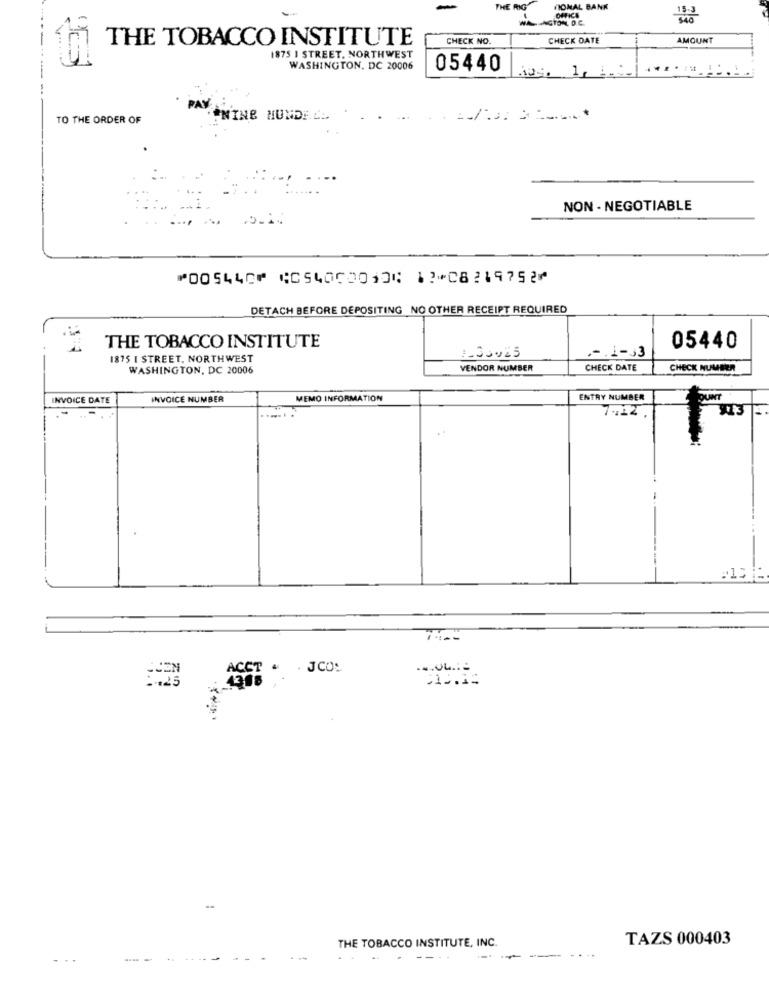
-
THE RIG
TIONAL BANK
15-3
WAAGTON, D.C.
OFFICE
540
THE TOBACCO INSTITUTE
CHECK NO.
CHECK DATE
AMOUNT
1875 I STREET, NORTHWEST
WASHINGTON, DC 20006
05440
TO THE ORDER OF
AYININE HUNDE.C. .. .
NON - NEGOTIABLE
⑈005440⑈ ⑆054000010⑆ 12⑉08219752⑈
DETACH BEFORE DEPOSITING NO OTHER RECEIPT REQUIRED
THE TOBACCO INSTITUTE
.-. 1-33
05440
1875 I STREET, NORTHWEST
:30025
WASHINGTON, DC 20006
VENDOR NUMBER
CHECK DATE
CHECK NUMBER
INVOICE DATE
INVOICE NUMBER
MEMO INFORMATION
ENTRY NUMBER
DUINT
7,12 ,
¥73
THE TOBACCO INSTITUTE, INC.
TAZS 000403
--